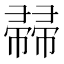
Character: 𢅜